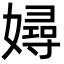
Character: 㜦